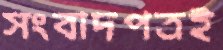
সংবাদপত্রই